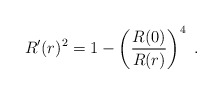
\begin{align*}R'(r)^2=1-\left( {R(0) \over R(r)} \right)^4 \ .\end{align*}